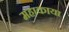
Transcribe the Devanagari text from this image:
महाकाया